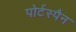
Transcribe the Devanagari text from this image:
पोर्टस्पैन